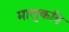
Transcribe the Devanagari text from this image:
मालुकवि